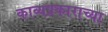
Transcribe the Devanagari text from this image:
काव्यप्रकाराच्या